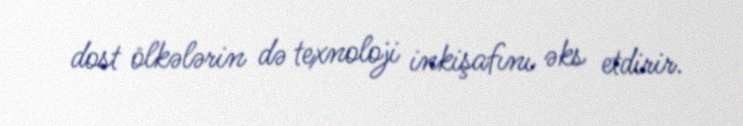
dost ölkələrin də texnoloji inkişafını əks etdirir.